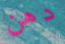
دهن